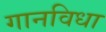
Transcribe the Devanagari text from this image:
गानविधा